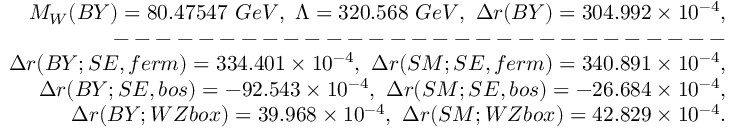
\begin{array} { r l r } & { } & { M _ { W } ( B Y ) = 8 0 . 4 7 5 4 7 \ G e V , \ \Lambda = 3 2 0 . 5 6 8 \ G e V , \ \Delta r ( B Y ) = 3 0 4 . 9 9 2 \times 1 0 ^ { - 4 } , } \\ & { } & { --- --- --- --- --- --- --- --- --- -- } \\ & { } & { \Delta r ( B Y ; S E , f e r m ) = 3 3 4 . 4 0 1 \times 1 0 ^ { - 4 } , \ \Delta r ( S M ; S E , f e r m ) = 3 4 0 . 8 9 1 \times 1 0 ^ { - 4 } , } \\ & { } & { \Delta r ( B Y ; S E , b o s ) = - 9 2 . 5 4 3 \times 1 0 ^ { - 4 } , \ \Delta r ( S M ; S E , b o s ) = - 2 6 . 6 8 4 \times 1 0 ^ { - 4 } , } \\ & { } & { \Delta r ( B Y ; W Z b o x ) = 3 9 . 9 6 8 \times 1 0 ^ { - 4 } , \ \Delta r ( S M ; W Z b o x ) = 4 2 . 8 2 9 \times 1 0 ^ { - 4 } . } \end{array}